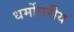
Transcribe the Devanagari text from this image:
धर्मोत्तरीय